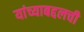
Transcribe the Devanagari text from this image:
यांच्याबद्दलची